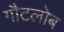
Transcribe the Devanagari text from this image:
गौटलोब